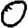
Digit: 0